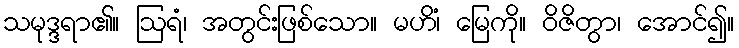
သမုဒ္ဒရာ၏။ ဩရံ၊ အတွင်းဖြစ်သော။ မဟိံ၊ မြေကို။ ဝိဇိတွာ၊ အောင်၍။